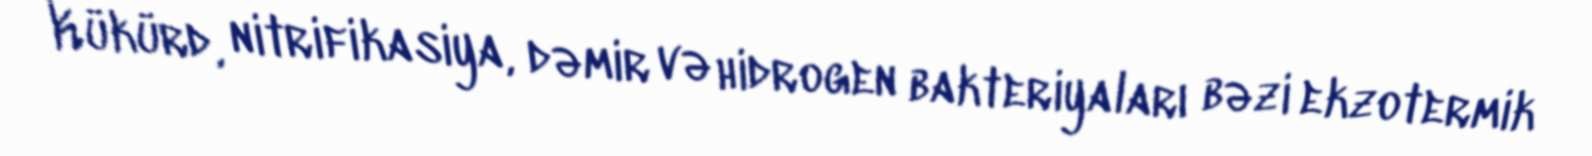
Kükürd, nitrifikasiya, dəmir və hidrogen bakteriyaları bəzi ekzotermik